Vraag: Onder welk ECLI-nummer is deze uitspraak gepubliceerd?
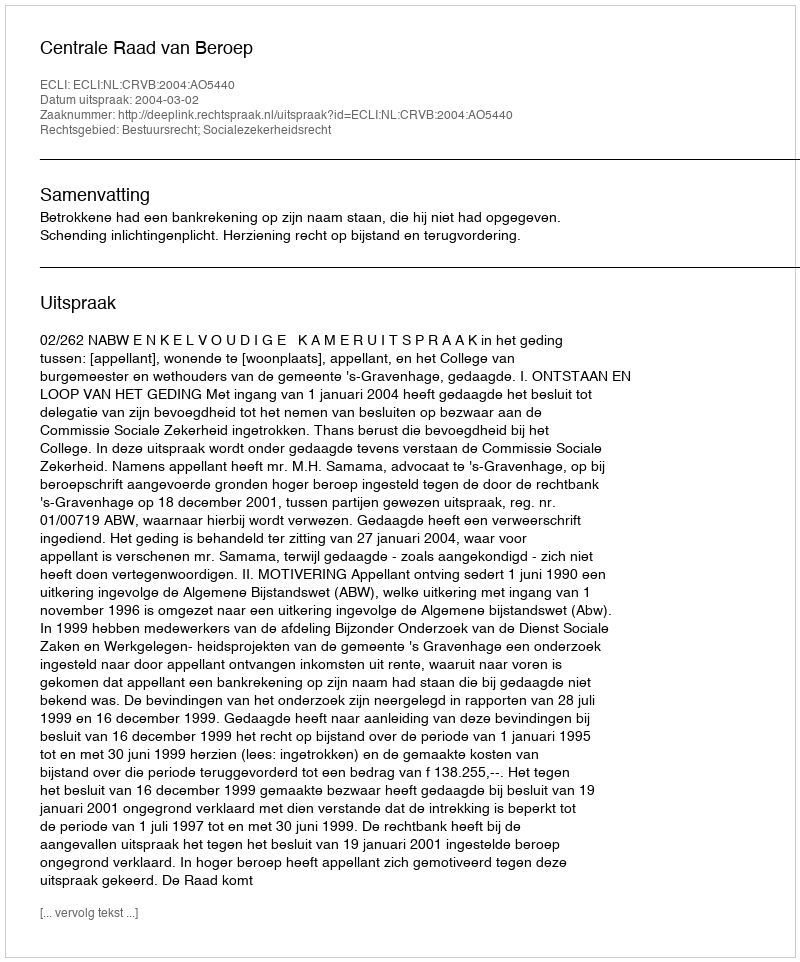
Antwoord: ECLI:NL:CRVB:2004:AO5440